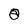
Character: 0